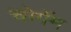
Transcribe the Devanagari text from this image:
चोगॅम